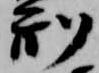
刑